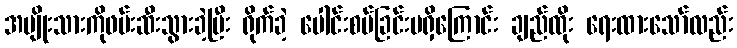
အမျိုးသားကိုဖမ်းဆီးသွားခဲ့ပြီး ရိုက်ခဲ့ ပေါင်းစပ်ခြင်းမရှိကြောင်း ချည်ထိုး ရေးထားသော်လည်း